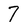
Character: 7